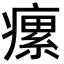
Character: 瘰